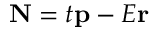
\mathbf { N } = t \mathbf { p } - E \mathbf { r }